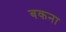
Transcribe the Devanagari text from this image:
बकना